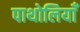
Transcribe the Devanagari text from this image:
पाथोलियाँ